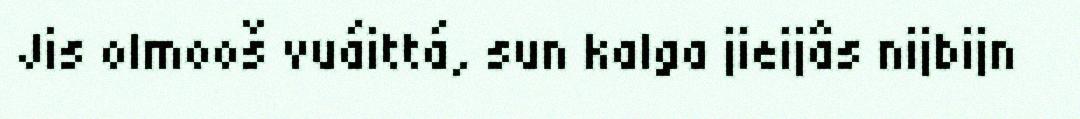
Jis olmooš vuáittá, sun kalga jieijâs nijbijn